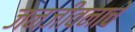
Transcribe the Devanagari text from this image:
जनजीवनाचे